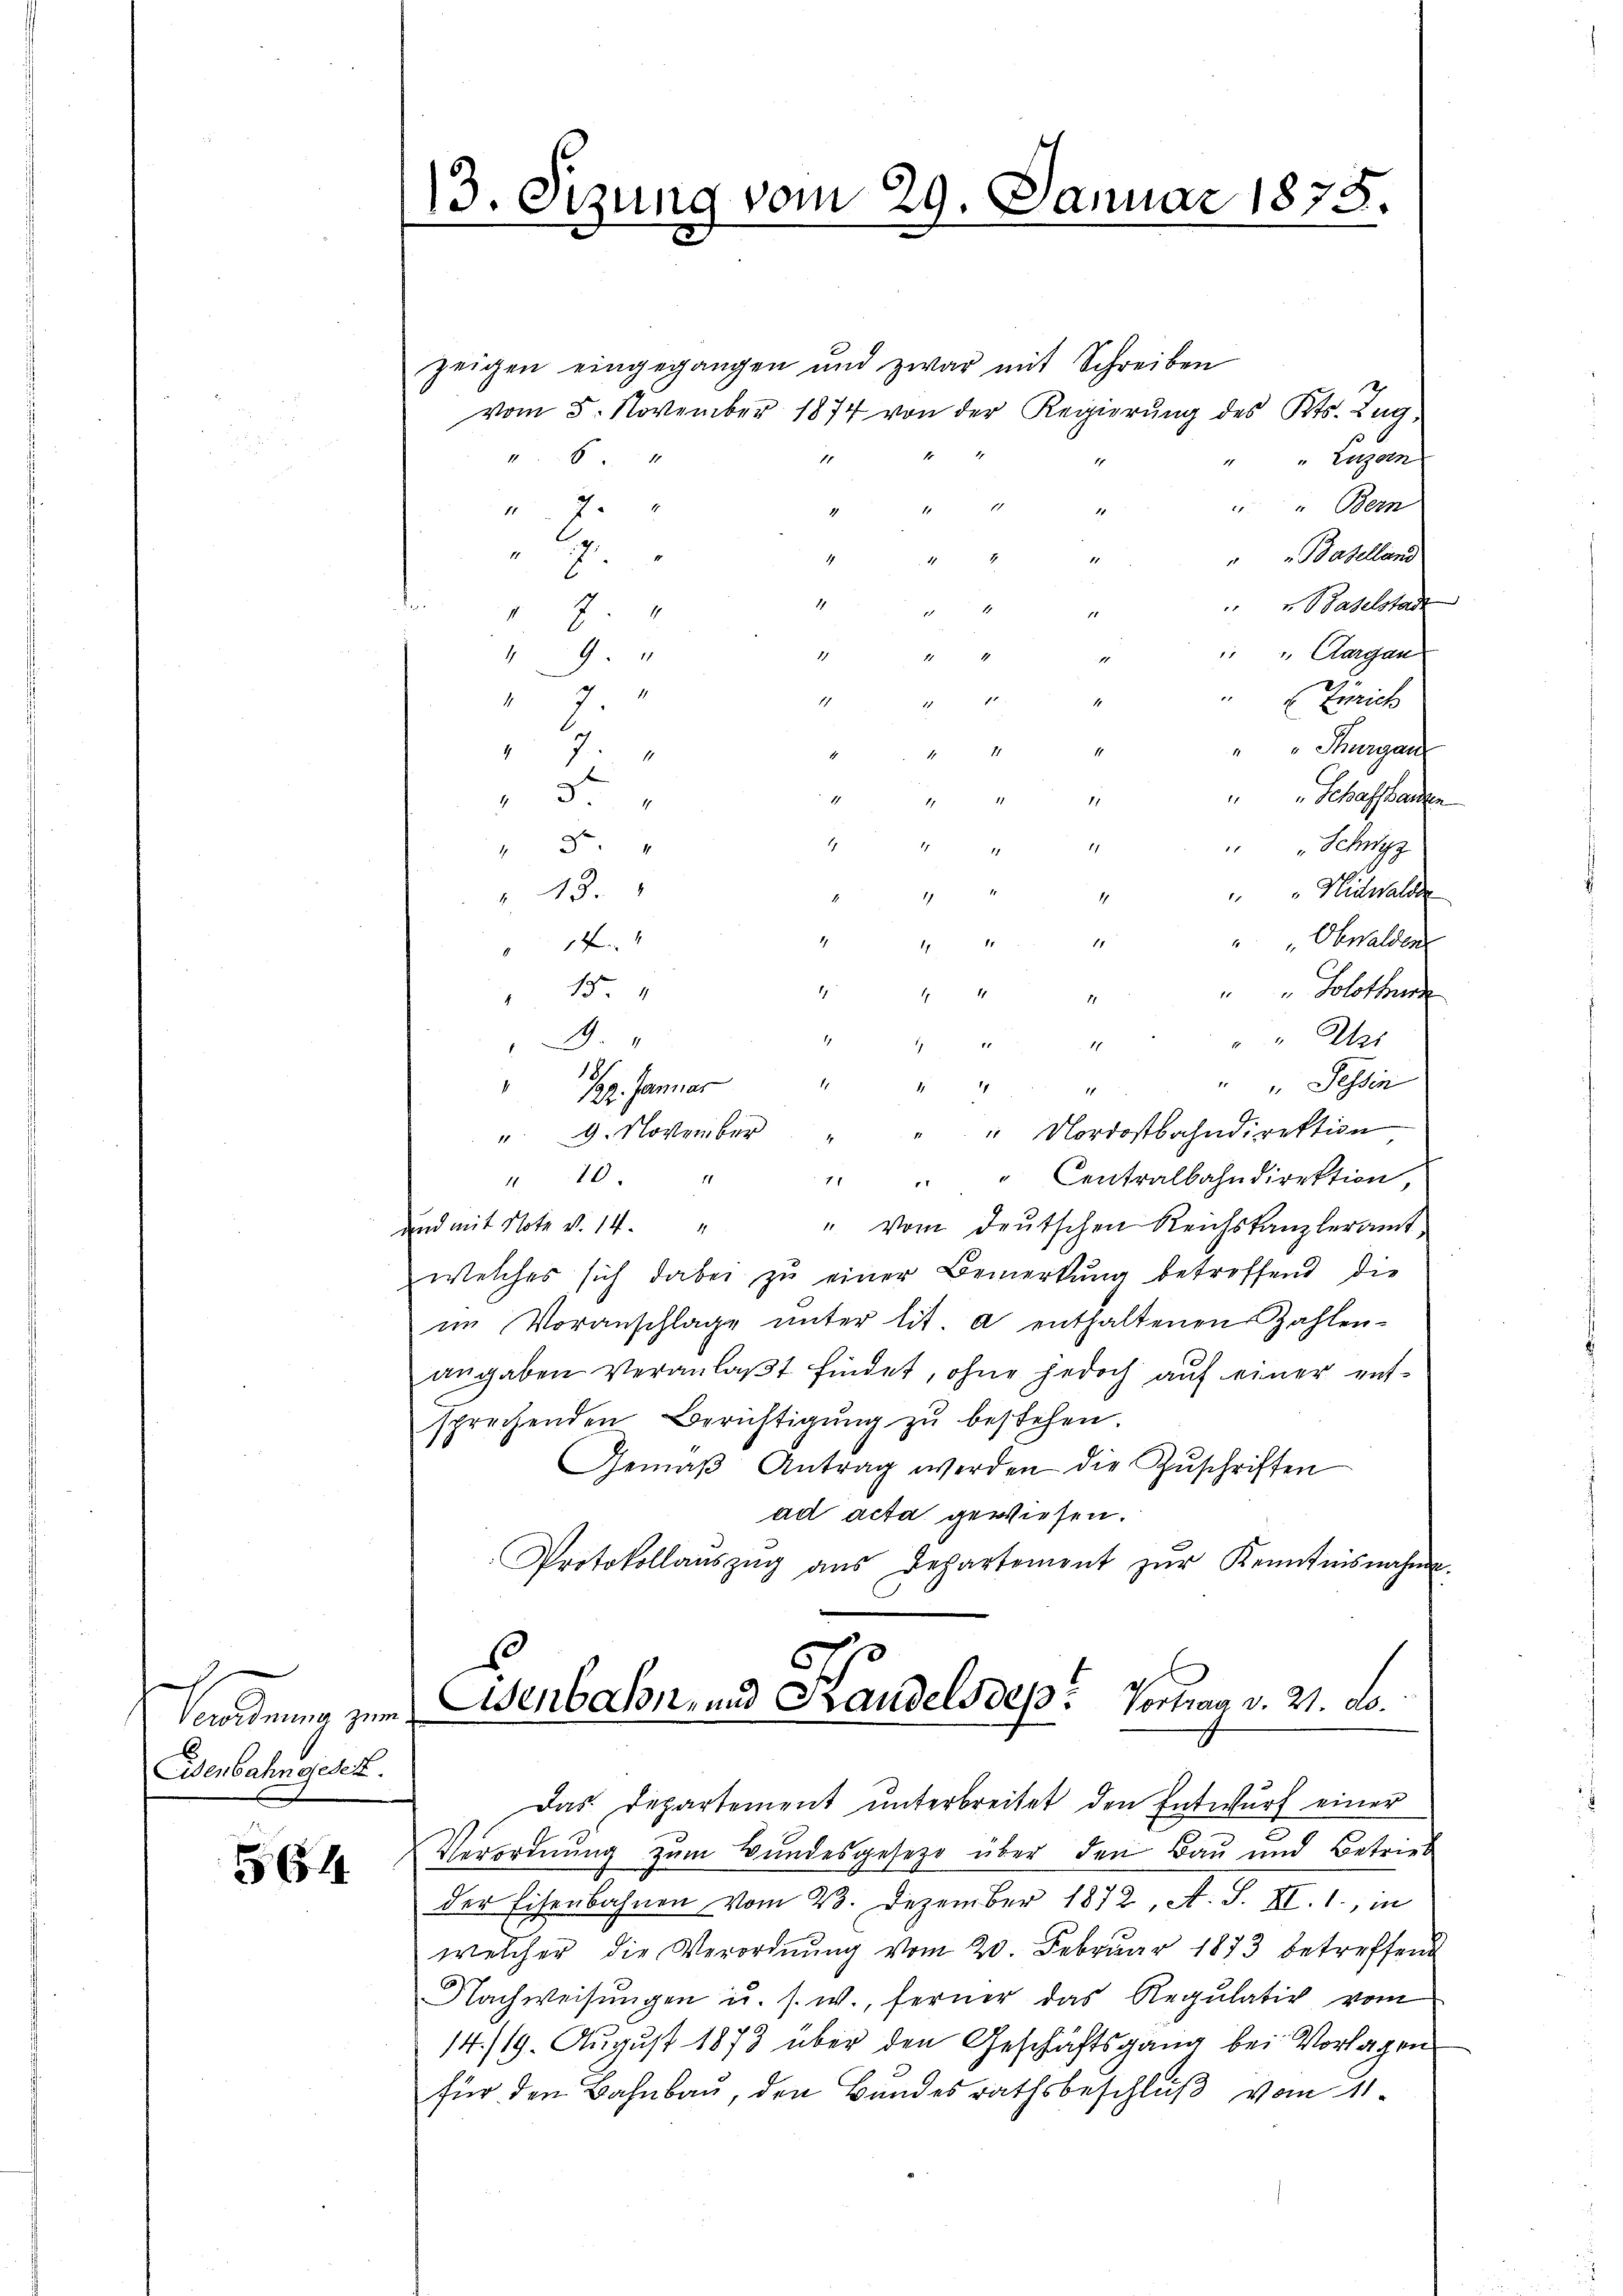
h
Eisenbahngesetz.

564

3. Sizung vom 29. Januar 1875.
5

zeigen eingegangen und zwar mit Schreiben
vom 5. November 1874 von der Regierŭng des Kts. Zug,
1 71
184
" Luzern
¬
" Bern

Baselland
.
4
 Baselstad
74
" Aargau
9
189
¬
7.
1
Zürich
Thurgau
2
7
4
12.
" Schaffhausen
11
4 x x
5.

 "Schwyz
 5.
Nidwalde
". 43.
17
2
1
.
"Obwalden
4 " " 2
144
" Solothur
 15.
44 § 4
"Ues
3.
28 " " 48
181
"122. Januar " " " " " " Sessen
". 9. November " " " Nordostbahndirektion
1110.
" " " Centralbahndirektion,
" vom deutschen Reichskanzleramt
und mit Note v. 14.
welches sich dabei zŭ einer Bemerkung betroffend die
im Voranschlage ŭnter lit. a enthaltenen Zahlen-
angaben veranlaßt findet, ohne jedoch auf einer entsprechenden Berichtigŭng zŭ bestehen.
Gemäβ Antrag werden die Zŭschriften
ad acta gewiesen.
Protokollaŭszŭg aŭs Departement zŭr Kenntnisnahme.
.
Verordnung zum Eisenbahn- und Handelsdep? Vortrag v. 21. No.

Das Departement unterbreitet den Entwurf einer
Verordnung zum Bundesgesezt über den Bau und Betrieb
Der Eisenbahnen vom 23. Dezember 1872, A. S. III. 1., in
welcher die Verordnŭng vom 20. Februar 1873 betreffend
Nachweisungen u. s. w., ferner das Regulativ vom
14./19. August 1873 über den Geschäftsgang bei Vorlagen
für den Bahnbau, den Bundesrathsbeschluß vom 11.